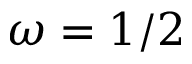
\omega = 1 / 2